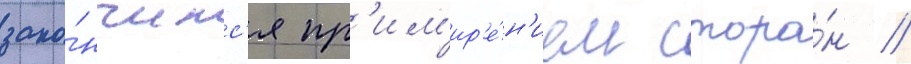
зако́нчилс'я пр'им'ир'е́н'ием сторо́н //